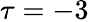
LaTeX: \tau=-3